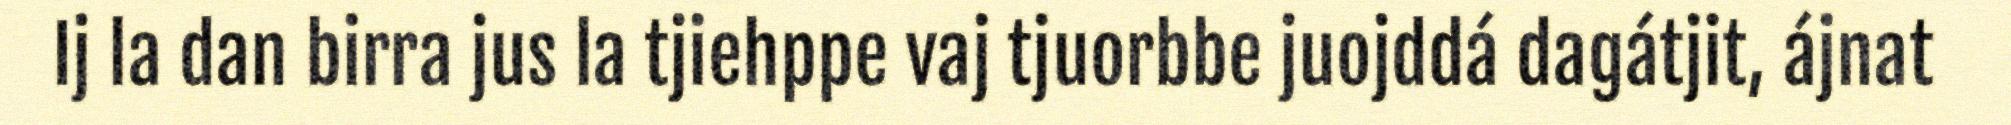
Ij la dan birra jus la tjiehppe vaj tjuorbbe juojddá dagátjit, ájnat